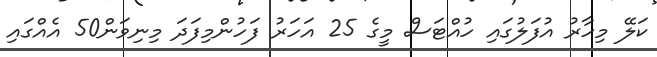
ކަލޭ މިހާރު އުފަލުގައި ހުއްޓަސް މީގެ 25 އަހަރު ފަހުންމިފަދަ މިނިވަން50 އެއްގައި